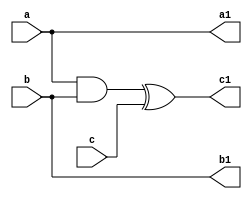
module toffoli1(a,b,c,a1,b1,c1);
input a,b,c;
output a1,b1,c1;
wire t1;
buf (a1,a);
buf (b1,b);
and (t1,a,b);
xor (c1,t1,c);
endmodule

module orr(x,y,z);
input x,y;
output z;
wire t1,t2;
toffoli1 p1(x,x,c,a1,b1,t1);
assign c=1;
toffoli1 p2(y,y,c,a1,b1,t2);
assign c=1;
toffoli1 p3(t1,t2,c,a1,b1,z);
assign c=1;
endmodule